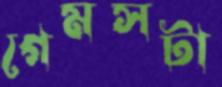
গেমসটা